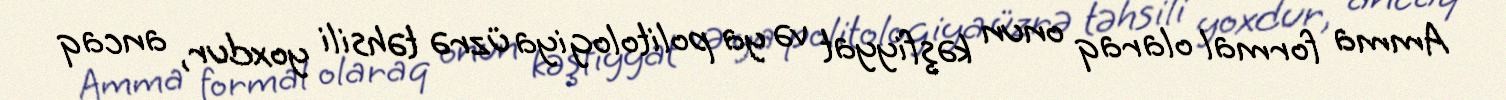
Amma formal olaraq onun kəşfiyyat və ya politologiya üzrə təhsili yoxdur, ancaq